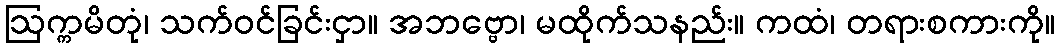
ဩက္ကမိတုံ၊ သက်ဝင်ခြင်းငှာ။ အဘဗ္ဗော၊ မထိုက်သနည်း။ ကထံ၊ တရားစကားကို။